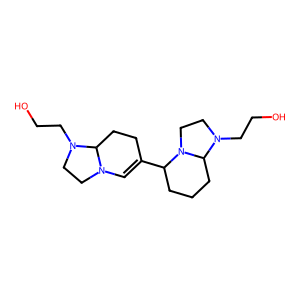
SMILES: OCCN1CCN2C=C(C3CCCC4N(CCO)CCN34)CCC21
Inhibits HIV replication: No